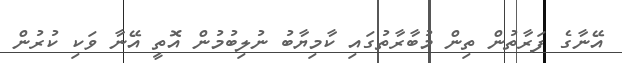
އޭނާގެ ފަރާތުން ތިން މުބާރާތުގައި ކާމިޔާބު ނުލިބުމުން އޮތީ އޭނާ ވަކި ކުރުން